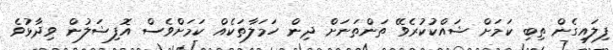
ފިލައިގެން ތިބި ކަމަށް ޝައްކުކުރެވޭ ތަންތަނަށް ދިން ހަމަލާތަކެއް ކަމަށްވެސް އޮފިޝަލުން ވިދާޅުވެ